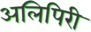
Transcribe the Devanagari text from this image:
अलिपिरी